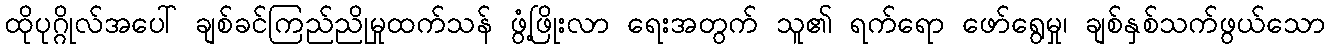
ထိုပုဂ္ဂိုလ်အပေါ် ချစ်ခင်ကြည်ညိုမှုထက်သန် ဖွံ့ဖြိုးလာ ရေးအတွက် သူ၏ ရက်ရော ဖော်ရွေမှု၊ ချစ်နှစ်သက်ဖွယ်သော